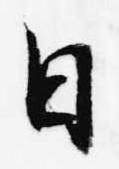
日